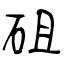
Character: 砠